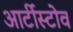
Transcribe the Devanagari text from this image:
आर्टीस्टोव